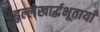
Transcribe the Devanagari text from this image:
हृल्लेखार्द्धभूतायाँ